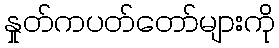
နှုတ်ကပတ်တော်များကို